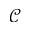
\mathcal { C }